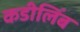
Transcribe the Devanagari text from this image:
कडीलिंब